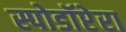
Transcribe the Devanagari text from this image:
स्पोडॉप्टेरा